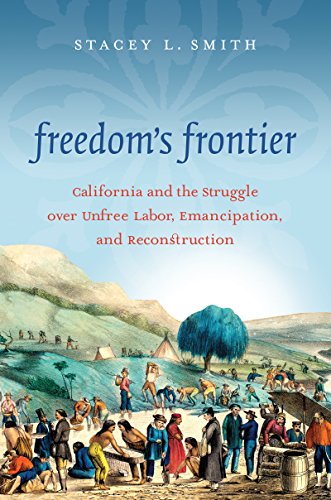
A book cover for Freedom's Frontier: California and the Struggle over Unfree Labor, Emancipation, and Reconstruction; Stacey L. Smith; Business & Money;